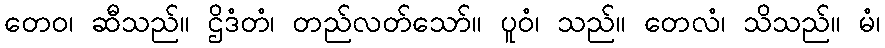
တေဝ၊ ဆီသည်။ ဌိဒံတံ၊ တည်လတ်သော်။ ပူဝံ၊ သည်။ တေလံ၊ သိသည်။ မံ၊